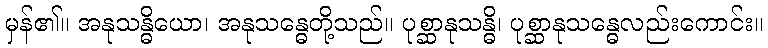
မှန်၏။ အနုသန္ဓိယော၊ အနုသန္ဓေတို့သည်။ ပုစ္ဆာနုသန္ဓိ၊ ပုစ္ဆာနုသန္ဓေလည်းကောင်း။